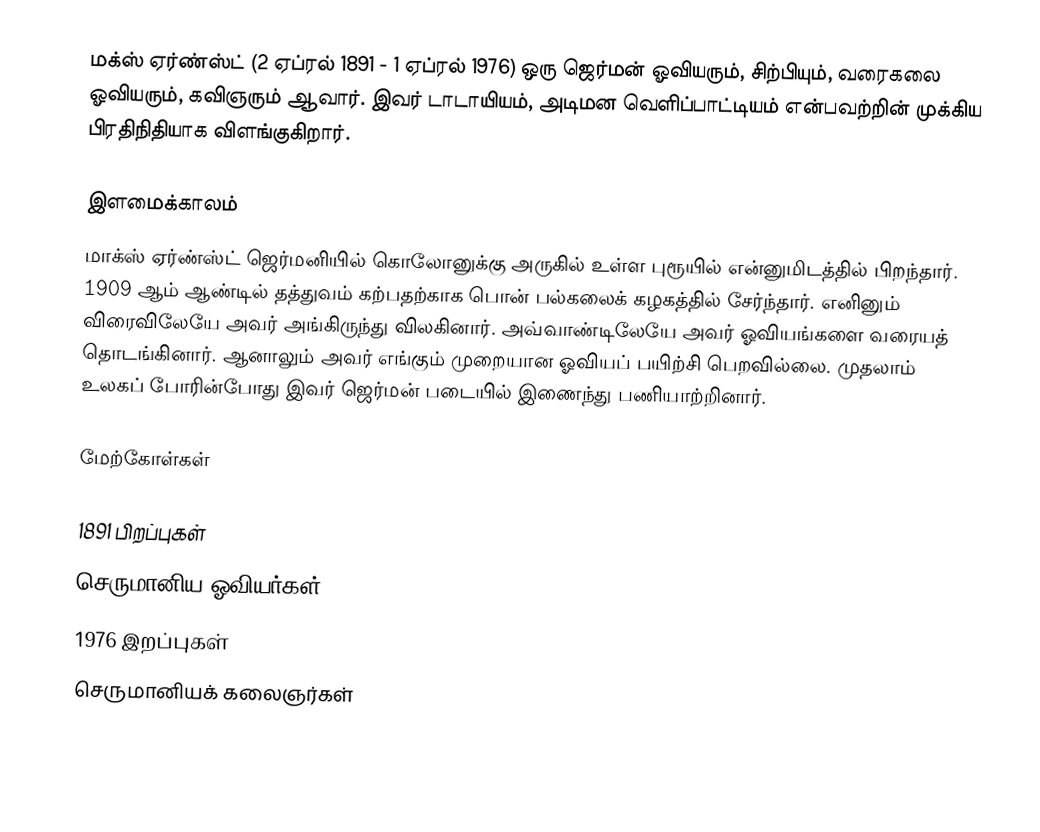
மக்ஸ் ஏர்ண்ஸ்ட் (2 ஏப்ரல் 1891 - 1 ஏப்ரல் 1976) ஒரு ஜெர்மன் ஓவியரும், சிற்பியும், வரைகலை ஓவியரும், கவிஞரும் ஆவார். இவர் டாடாயியம், அடிமன வெளிப்பாட்டியம் என்பவற்றின் முக்கிய பிரதிநிதியாக விளங்குகிறார்.

இளமைக்காலம்
மாக்ஸ் ஏர்ண்ஸ்ட் ஜெர்மனியில் கொலோனுக்கு அருகில் உள்ள புரூயில் என்னுமிடத்தில் பிறந்தார். 1909 ஆம் ஆண்டில் தத்துவம் கற்பதற்காக பொன் பல்கலைக் கழகத்தில் சேர்ந்தார். எனினும் விரைவிலேயே அவர் அங்கிருந்து விலகினார். அவ்வாண்டிலேயே அவர் ஓவியங்களை வரையத் தொடங்கினார். ஆனாலும் அவர் எங்கும் முறையான ஓவியப் பயிற்சி பெறவில்லை. முதலாம் உலகப் போரின்போது இவர் ஜெர்மன் படையில் இணைந்து பணியாற்றினார்.

மேற்கோள்கள்

1891 பிறப்புகள்
செருமானிய ஓவியர்கள்
1976 இறப்புகள்
செருமானியக் கலைஞர்கள்